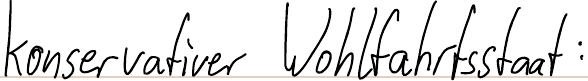
konservativer Wohlfahrtsstaat: